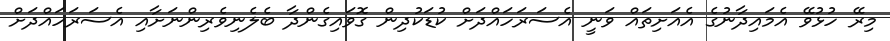
މިރޭ ހުޅުވޭ އެމައިދާނުގެ އެއަށިތައް ވަނީ އެސަރަހައްދަށް ކުޑަކުދިން ގޮވައިގެންދާ ބެލެނިވެރިންނަށާއި އެސަރަހައްދަށް